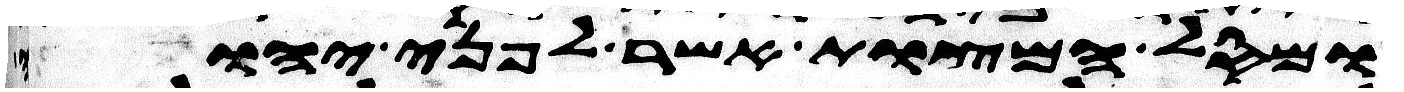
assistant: ומסל המצות אשר לפני יהוה